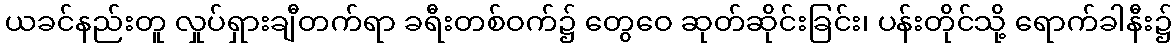
ယခင်နည်းတူ လှုပ်ရှားချီတက်ရာ ခရီးတစ်ဝက်၌ တွေဝေ ဆုတ်ဆိုင်းခြင်း၊ ပန်းတိုင်သို့ ရောက်ခါနီး၌